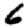
Digit: 6